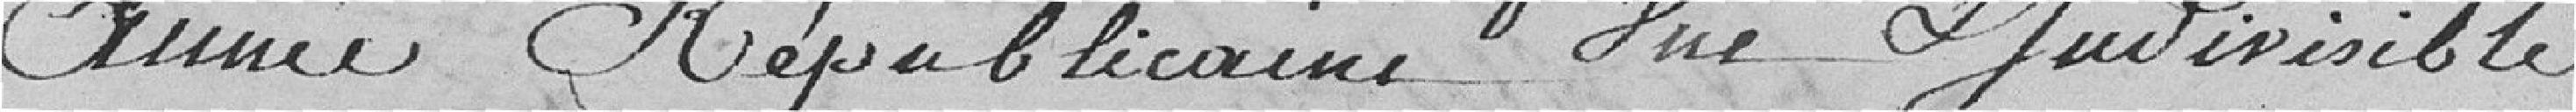
année républicaine     indivisible